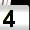
Digit: 4